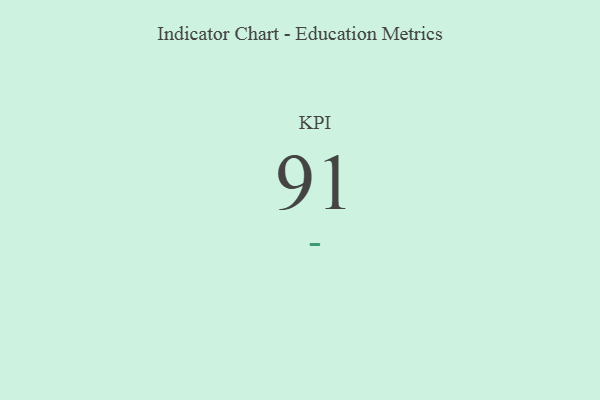
{"axis": {"x": "KPI", "y": "Value"}, "legend": [""], "data": [{"x": "KPI", "y": 91, "type": ""}]}